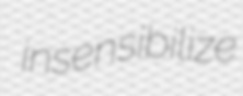
insensibilize